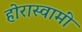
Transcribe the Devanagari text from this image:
होरास्वामीं